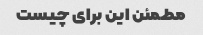
مطمئن این برای چیست